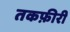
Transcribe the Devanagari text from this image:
तकफ़ीरी